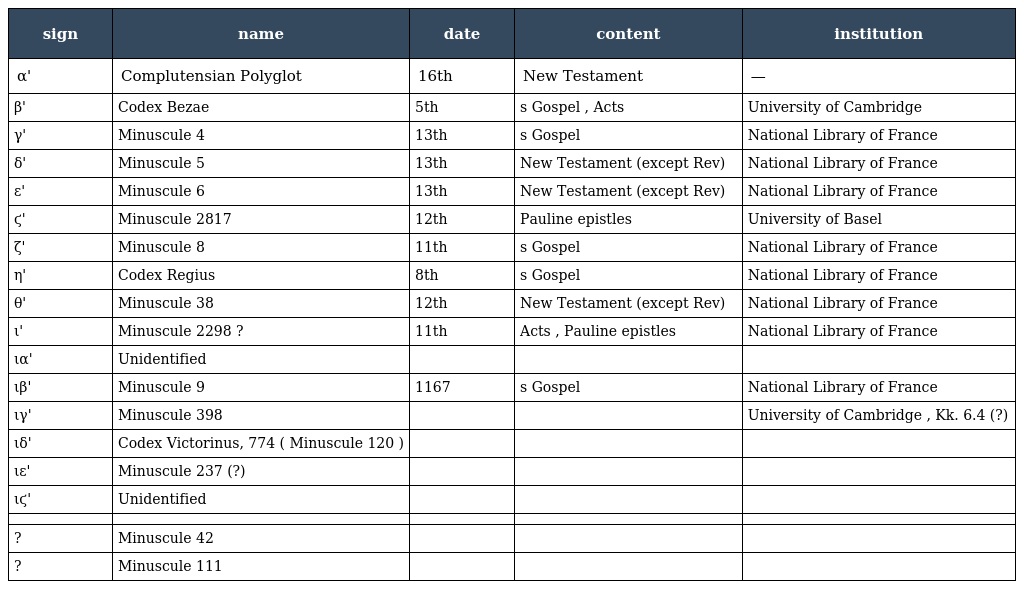
| sign | name | date | content | institution |
 | --- | --- | --- | --- | --- |
 | α' | Complutensian Polyglot | 16th | New Testament | — |
 | β' | Codex Bezae | 5th | s Gospel , Acts | University of Cambridge |
 | γ' | Minuscule 4 | 13th | s Gospel | National Library of France |
 | δ' | Minuscule 5 | 13th | New Testament (except Rev) | National Library of France |
 | ε' | Minuscule 6 | 13th | New Testament (except Rev) | National Library of France |
 | ϛ' | Minuscule 2817 | 12th | Pauline epistles | University of Basel |
 | ζ' | Minuscule 8 | 11th | s Gospel | National Library of France |
 | η' | Codex Regius | 8th | s Gospel | National Library of France |
 | θ' | Minuscule 38 | 12th | New Testament (except Rev) | National Library of France |
 | ι' | Minuscule 2298 ? | 11th | Acts , Pauline epistles | National Library of France |
 | ια' | Unidentified |  |  |  |
 | ιβ' | Minuscule 9 | 1167 | s Gospel | National Library of France |
 | ιγ' | Minuscule 398 |  |  | University of Cambridge , Kk. 6.4 (?) |
 | ιδ' | Codex Victorinus, 774 ( Minuscule 120 ) |  |  |  |
 | ιε' | Minuscule 237 (?) |  |  |  |
 | ιϛ' | Unidentified |  |  |  |
 |  |  |  |  |  |
 | ? | Minuscule 42 |  |  |  |
 | ? | Minuscule 111 |  |  |  |